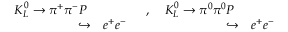
\begin{array} { r l r l } { { K _ { L } ^ { 0 } \to \pi ^ { + } \pi ^ { - } P ~ } } & { { ~ ~ ~ ~ ~ ~ ~ ~ ~ ~ , } } & { { K _ { L } ^ { 0 } \to \pi ^ { 0 } \pi ^ { 0 } P ~ } } & { { } } \\ { { \hookrightarrow } } & { { e ^ { + } e ^ { - } ~ ~ ~ ~ ~ ~ } } & { { \hookrightarrow } } & { { e ^ { + } e ^ { - } } } \end{array} \nonumber